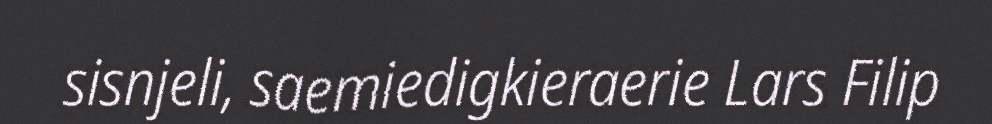
sisnjeli, saemiedigkieraerie Lars Filip